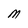
Character: M